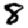
Digit: 8